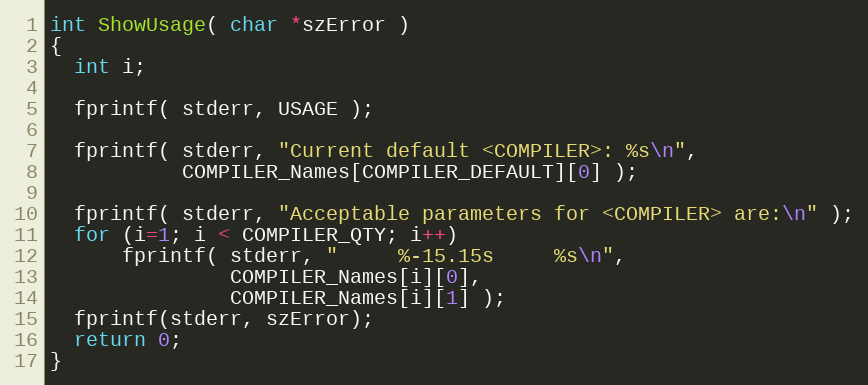
Language: C
int ShowUsage( char *szError )
{
  int i;

  fprintf( stderr, USAGE );

  fprintf( stderr, "Current default <COMPILER>: %s\n",
		   COMPILER_Names[COMPILER_DEFAULT][0] );

  fprintf( stderr, "Acceptable parameters for <COMPILER> are:\n" );
  for (i=1; i < COMPILER_QTY; i++)
      fprintf( stderr, "     %-15.15s     %s\n",
		       COMPILER_Names[i][0],
		       COMPILER_Names[i][1] );
  fprintf(stderr, szError);
  return 0;
}